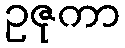
ဥဇုကာ